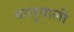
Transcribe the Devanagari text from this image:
वस्तुवाली